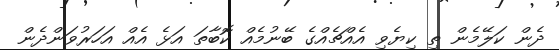
ދެން ކަލޭމެން ތި ކިޔެވި އެއްޗެއްގެ ބޭނުމެއް ކޮބާތަ އަޅެ އެއް އަހަރުވަންދެން